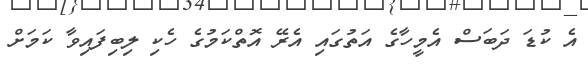
އެ ކުޑަ ދަބަސް އެމީހާގެ އަތުގައި އެރޭ އޮތްކަމުގެ ހެކި ލިބިފައިވާ ކަމަށް